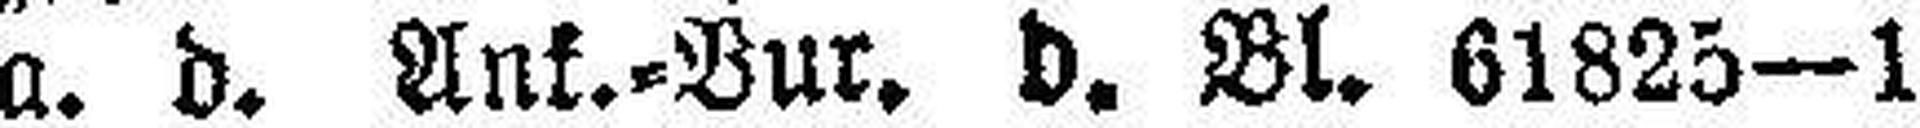
a. d. Ank.-Bur. d. Bl. 61825—1